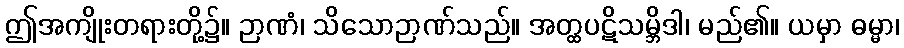
ဤအကျိုးတရားတို့၌။ ဉာဏံ၊ သိသောဉာဏ်သည်။ အတ္ထပဋိသမ္ဘိဒါ၊ မည်၏။ ယမှာ ဓမ္မာ၊